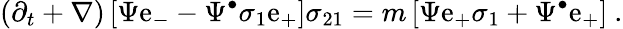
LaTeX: \left(\partial_{t}+\nabla\right)\left[\Psi\mathrm{e}_{-}-\Psi^{\bullet}\sigma_{1}\mathrm{e}_{+}\right]\sigma_{21}=m\left[\Psi\mathrm{e}_{+}\sigma_{1}+\Psi^{\bullet}\mathrm{e}_{+}\right]~.